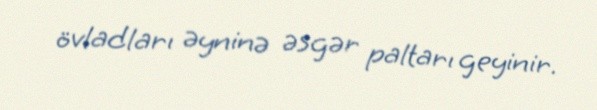
övladları əyninə əsgər paltarı geyinir.